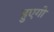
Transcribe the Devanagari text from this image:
हुएगो